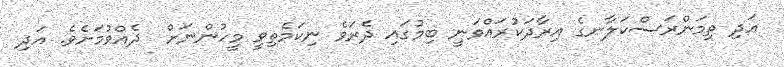
އަދި ތިމަންރަސްކަލާނގެ އިރާދަކުރައްވަނީ ބިމުގައި ދެރަވެ ނިކަމެތިވީ މީހުންނަށް  ދެއްވުމަށެވެ. އަދި